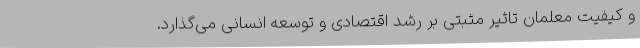
و کیفیت معلمان تاثیر مثبتی بر رشد اقتصادی و توسعه انسانی می‌گذارد.